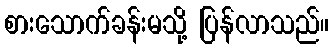
စားသောက်ခန်းမသို့ ပြန်လာသည်။